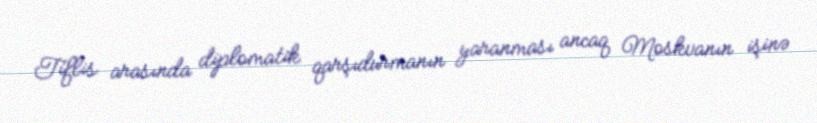
Tiflis arasında diplomatik qarşıdurmanın yaranması ancaq Moskvanın işinə